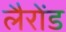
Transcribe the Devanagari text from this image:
लैरोंड